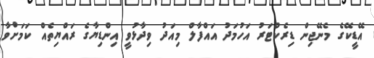
އޭޑީކޭގެ މެނޭޖިން ޑިރެކްޓަރު އަހުމަދު އައްފާލް މިއަދު ވިދާޅުވީ އިންޑިޔާގެ ރައްޔިތެއް ކަމަށްވާ